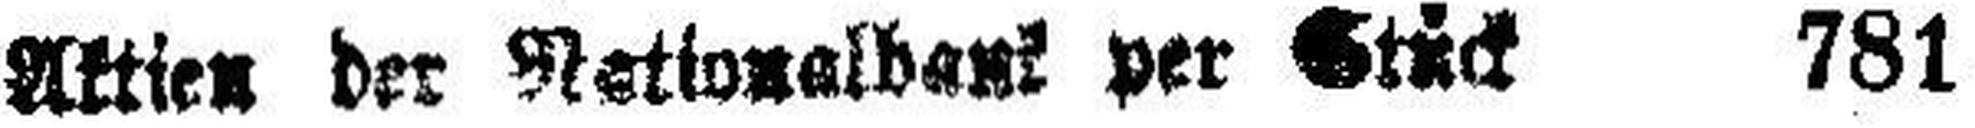
Aktien der Nationalbank per Stück 781